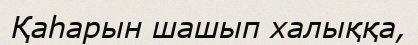
Қаһарын шашып халыққа,